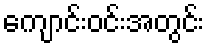
ကျောင်းဝင်းအတွင်း